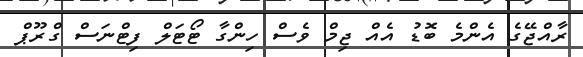
ރާއްޖޭގެ އެންމެ ބޮޑު އެއް ޖިމް ވެސް ހިންގާ ޓޯޓަލް ފިޓްނަސް ގްރޫޕް